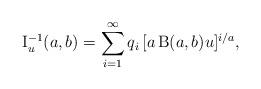
LaTeX: \begin{align*}\operatorname{I}^{-1}_{u}(a,b)=\sum_{i=1}^{\infty}q_i\,[a\operatorname{B}(a,b) u]^{i/a},\end{align*}